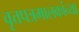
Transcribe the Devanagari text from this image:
वृत्तपत्रमालकांच्या